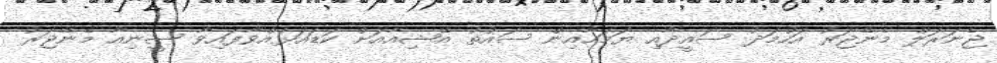
ޖެނަރަލް މެނޭޖަރު އަހުމަދު ސައީދާއި ޔަމަހާއިން ސައުތު އޭޝިއާއަށް ކަޑައަޅުއްވާފައިވާ ސީނިއާ މެނޭޖަރު